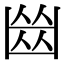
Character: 𠚕